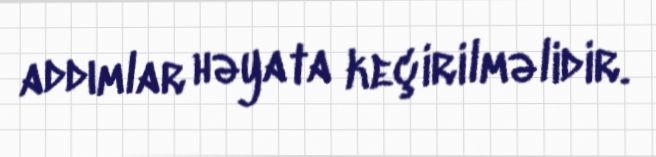
addımlar həyata keçirilməlidir.